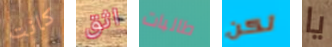
كانت اثق طالبات لكن يا